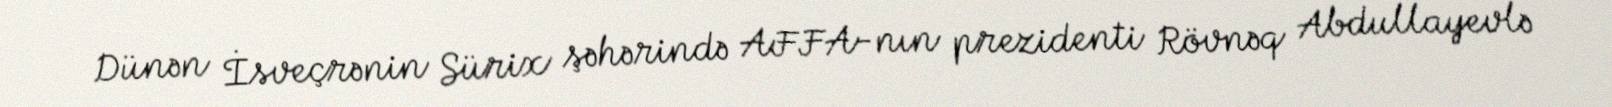
Dünən İsveçrənin Sürix şəhərində AFFA-nın prezidenti Rövnəq Abdullayevlə